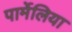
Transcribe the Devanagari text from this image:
पार्मेलिया